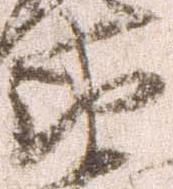
衛